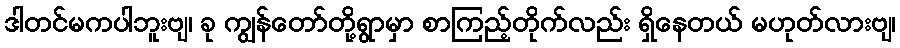
ဒါတင်မကပါဘူးဗျ၊ ခု ကျွန်တော်တို့ရွာမှာ စာကြည့်တိုက်လည်း ရှိနေတယ် မဟုတ်လားဗျ၊